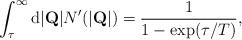
LaTeX: \begin{align*}\int_\tau^\infty{\rm d}|{\bf Q}|N^\prime(|{\bf Q}|)=\frac{1}{1-{\rm exp}(\tau/T)},\end{align*}